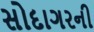
સોદાગરની